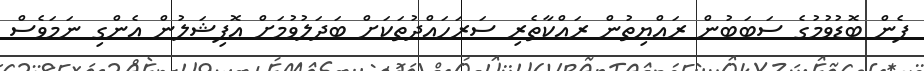
ފެން ބޮޑުވުމުގެ ސަބަބުން ރައްޔިތުން ރައްކާތެރި ސަރަހައްދުތަކަށް ބަދަލުވުމަށް އޮފިޝަލުން އެންގި ނަމަވެސް